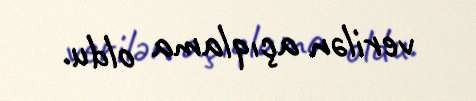
verilən açıqlama oldu.